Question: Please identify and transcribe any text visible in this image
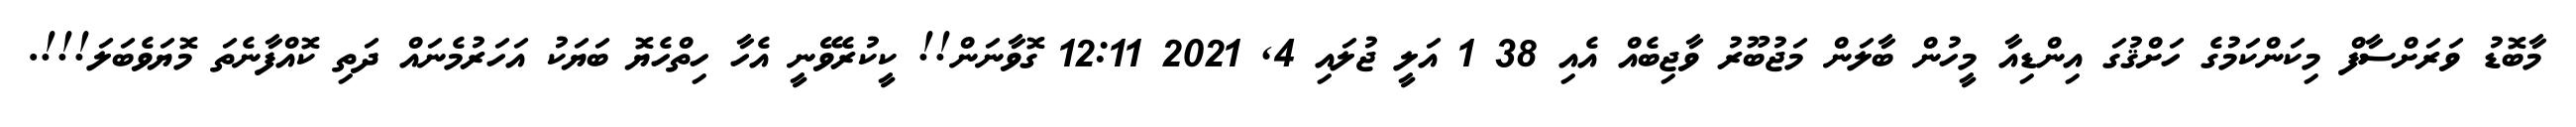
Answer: މާބޮޑު ވަރަށްސާފް މިކަންކަމުގެ ހަށްޤުގަ އިންޑިއާ މީހުން ބާލަން މަޖުބޫރު ވާޖިބެއް އެއި 38 1 އަލީ ޖުލައި 4, 2021 12:11 ގޮވާނަން!! ކީކުރެވޭނީ އެހާ ހިތްހެޔޮ ބަޔަކު އަހަރުމެނައް ދަތި ކޮއްފާނެތަ މޮޔަވެބަލަ!!!.